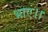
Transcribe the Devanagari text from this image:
भाए।।